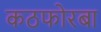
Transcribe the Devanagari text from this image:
कठफोरबा